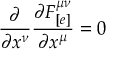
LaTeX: \frac { \partial } { \partial x ^ { \nu } } \frac { \partial F _ { [ e ] } ^ { \mu \nu } } { \partial x ^ { \mu } } = 0